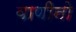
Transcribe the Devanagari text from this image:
वाणीनो